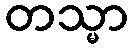
တသ္မာ